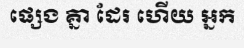
ផ្សេង គ្នា ដែរ ហើយ អ្នក